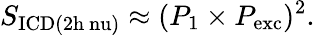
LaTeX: S_{\mathrm{ICD(2h\ nu)}}\approx(P_{\mathrm{1}}\times P_{\mathrm{exc}})^{2}.